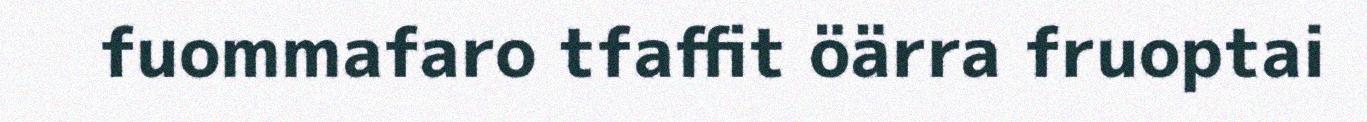
fuommafaro tfaffit öärra fruoptai